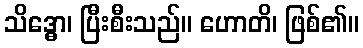
သိဒ္ဓော၊ ပြီးစီးသည်။ ဟောတိ၊ ဖြစ်၏။